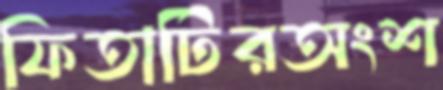
ফিতাটিরঅংশ